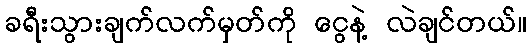
ခရီးသွားချက်လက်မှတ်ကို ငွေနဲ့ လဲချင်တယ်။